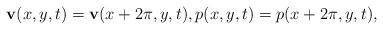
LaTeX: \begin{align*} {\bf v}(x, y, t)={\bf v}(x+ 2\pi, y, t),{ p}(x, y, t)={ p}(x+ 2\pi, y, t),\end{align*}